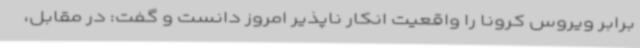
برابر ویروس کرونا را واقعیت انکار ناپذیر امروز دانست و گفت: در مقابل،